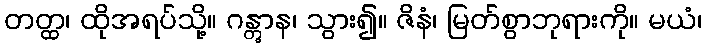
တတ္ထ၊ ထိုအရပ်သို့။ ဂန္တွာန၊ သွား၍။ ဇိနံ၊ မြတ်စွာဘုရားကို။ မယံ၊